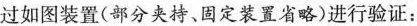
过如图装置(部分夹持、固定装置省略)进行验证：